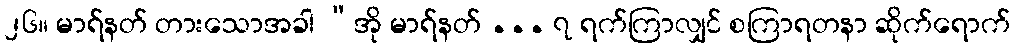
၂၆။ မာရ်နတ် တားသောအခါ “အို မာရ်နတ် ... ၇ ရက်ကြာလျှင် စကြာရတနာ ဆိုက်ရောက်